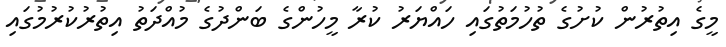
މީގެ އިތުރުން ކުށުގެ ތުހުމަތުގައި ހައްޔަރު ކުރާ މީހުންގެ ބަންދުގެ މުއްދަތު އިތުރުކުރުމުގައި